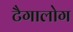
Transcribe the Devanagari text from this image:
टैगालोग